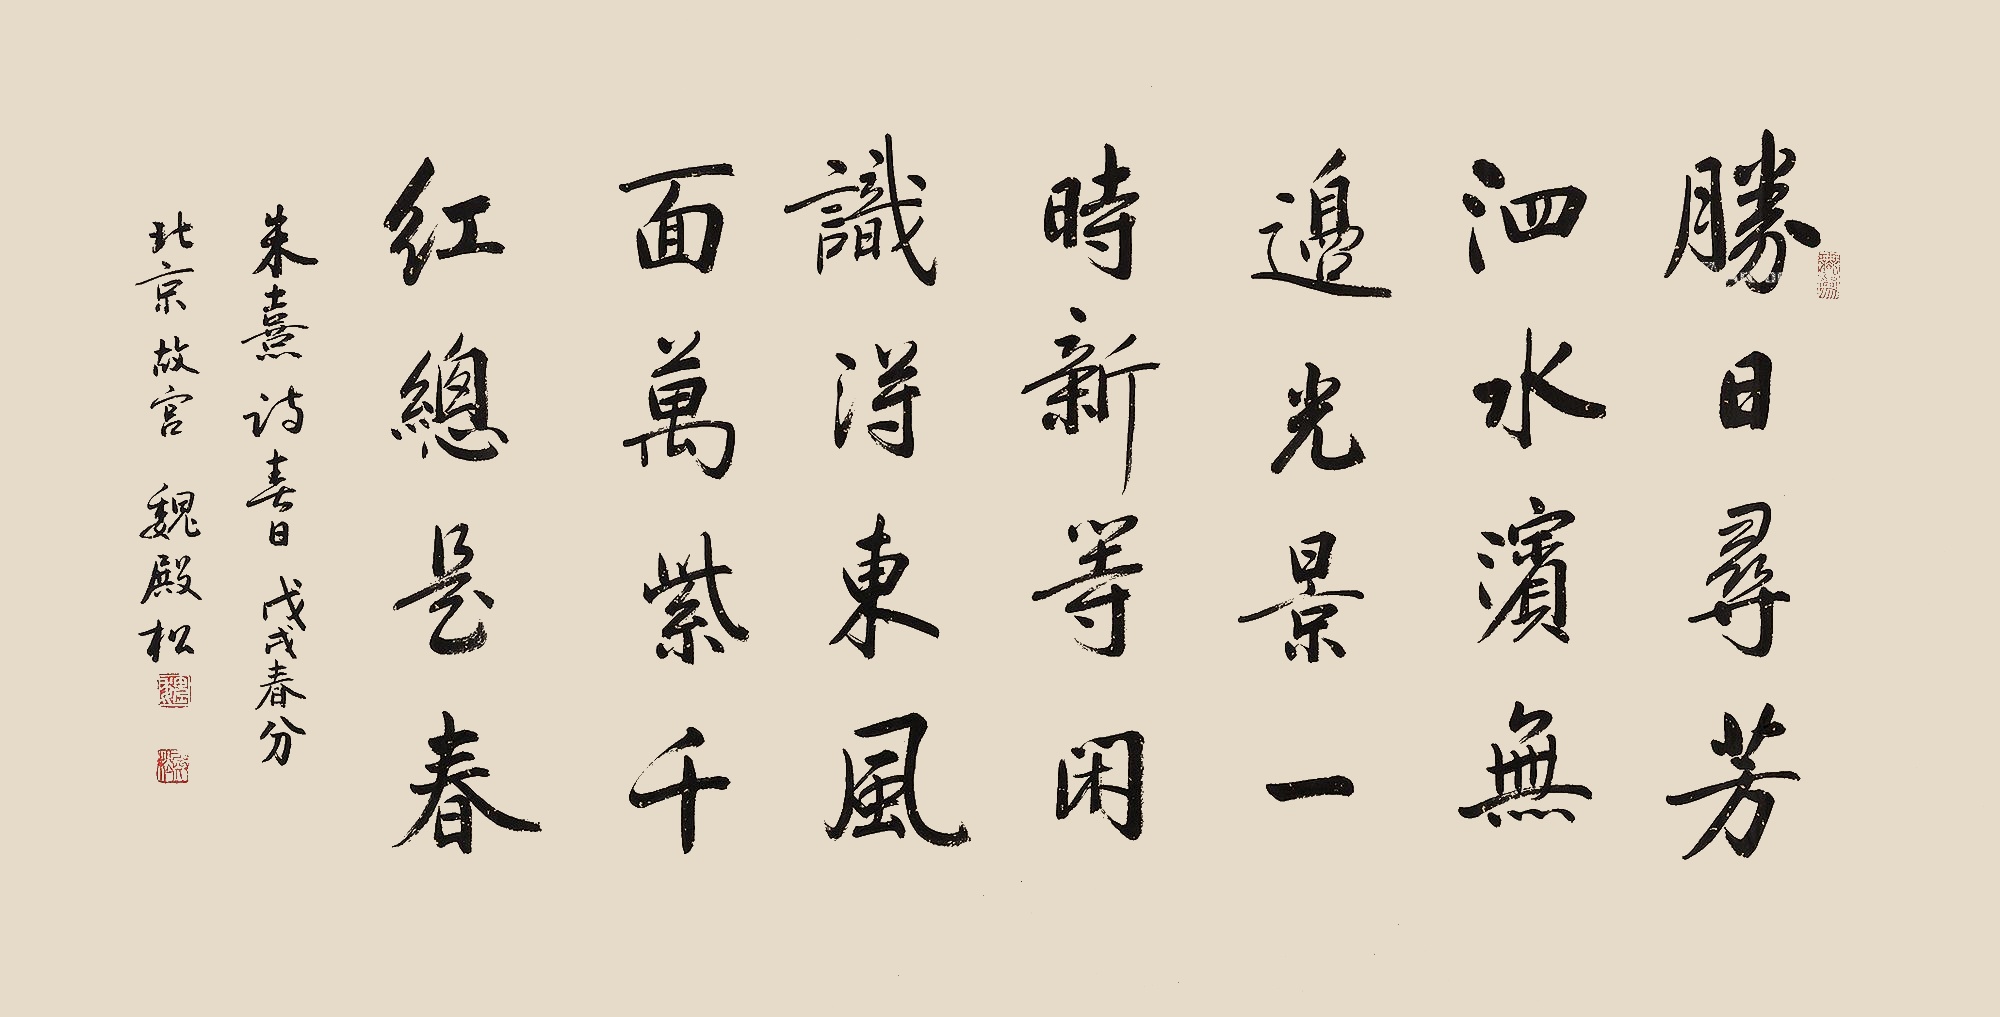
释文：胜日寻芳泗水滨，无边光景一时新。等闲识得东风面，万紫千红总是春。朱熹诗《春日》。戊戌春分，北京故宫魏殿松。